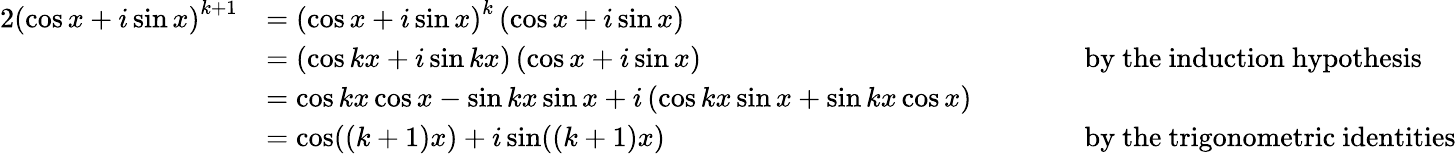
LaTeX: {\begin{array}{rlrl}{{2}\left(\cos x+i\sin x\right)^{k+1}}&{=\left(\cos x+i\sin x\right)^{k}\left(\cos x+i\sin x\right)}\\ &{=\left(\cos kx+i\sin kx\right)\left(\cos x+i\sin x\right)}&&{\qquad{\mathrm{by~the~induction~hypothesis}}}\\ &{=\cos kx\cos x-\sin kx\sin x+i\left(\cos kx\sin x+\sin kx\cos x\right)}\\ &{=\cos((k+1)x)+i\sin((k+1)x)}&&{\qquad{\mathrm{by~the~trigonometric~identities}}}\end{array}}